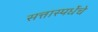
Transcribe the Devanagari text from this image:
सत्तास्पर्धेचे